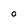
Character: o